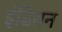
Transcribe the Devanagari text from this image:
इंढियन